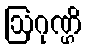
ဩဂုဏ္ဌိ